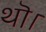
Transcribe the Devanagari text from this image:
थॊ।